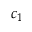
c _ { 1 }